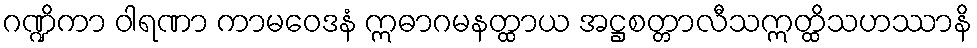
ဂဏ္ဍိကာ ဝါရဏာ ကာမဝေဒနံ ဣဓာဂမနတ္ထာယ အဋ္ဌစတ္တာလီသဣတ္ထိသဟဿာနိ